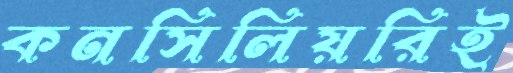
কনসিলিয়রিই